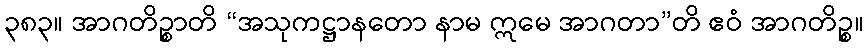
၃၈၃။ အာဂတိဉ္စာတိ “အသုကဋ္ဌာနတော နာမ ဣမေ အာဂတာ”တိ ဧဝံ အာဂတိဉ္စ။